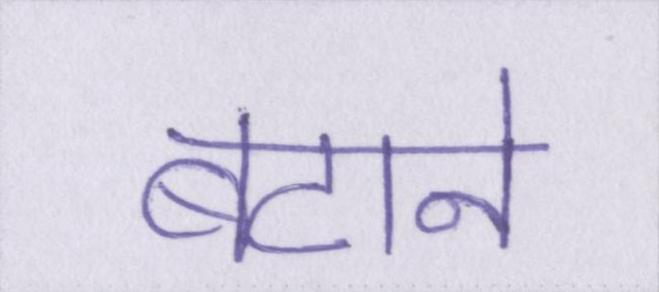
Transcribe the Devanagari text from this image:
बटाने